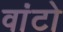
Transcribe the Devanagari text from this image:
वांटो